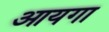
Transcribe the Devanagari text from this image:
आयगा